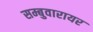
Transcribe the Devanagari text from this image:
सम्बुवारायर